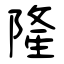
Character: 隆